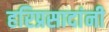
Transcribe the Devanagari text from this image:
हरिप्रसादांनी